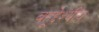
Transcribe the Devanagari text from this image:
बहूद्देश्यीय